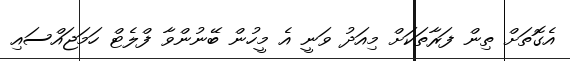
އެގޮތަށް ތިން ފަރާތަކަށް މިއަދު ވަނީ އެ މީހުން ބޭނުންވާ ފްލެޓް ހަމަޖައްސައި